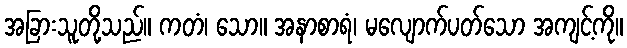
အခြားသူတို့သည်။ ကတံ၊ သော။ အနာစာရံ၊ မလျောက်ပတ်သော အကျင့်ကို။